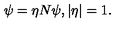
\psi = \eta N \psi , | \eta | = 1 .